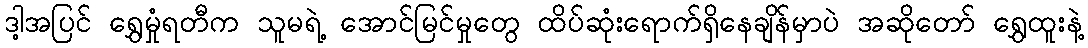
ဒါ့အပြင် ရွှေမှုံရတီက သူမရဲ့ အောင်မြင်မှုတွေ ထိပ်ဆုံးရောက်ရှိနေချိန်မှာပဲ အဆိုတော် ရွှေထူးနဲ့